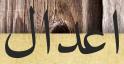
اعدال